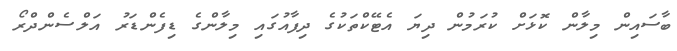
ބާސައިން މިލާން ކޮޅަށް ކުރަމުން ދިޔަ އެޓޭކްތަކުގެ ދިފާއުގައި މިލާންގެ ޑިފެންޑަރު އަލްސެންދްރޯ